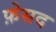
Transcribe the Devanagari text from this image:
फ़ेसद